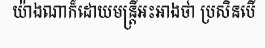
យ៉ាងណាក៏ដោយមន្ត្រីអះអាងថា ប្រសិនបើ